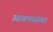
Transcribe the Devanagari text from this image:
आश्रमसंस्था